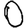
Digit: 0